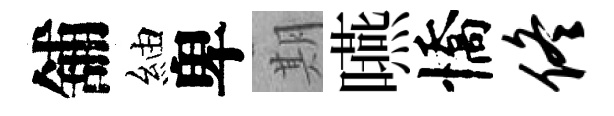
舖紬卑期嚥憍佟